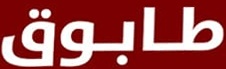
طابوق